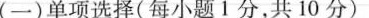
(一)单项选择(每小题1分,共 10 _分)